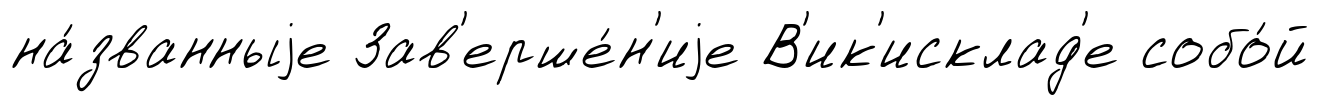
на́званныjе Зав'ерше́н'иjе В'ик'исклад'е собо́й